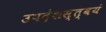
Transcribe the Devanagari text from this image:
उपदेशस्त्वयं